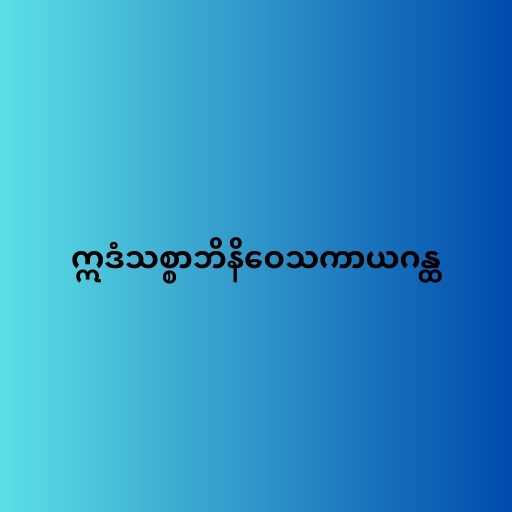
ဣဒံသစ္စာဘိနိဝေသကာယဂန္ထ